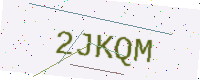
Text: 2JKQM